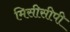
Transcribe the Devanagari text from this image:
मिसीसीपी